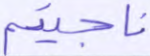
ناجيتم